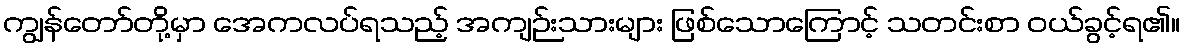
ကျွန်တော်တို့မှာ အေကလပ်ရသည့် အကျဉ်းသားများ ဖြစ်သောကြောင့် သတင်းစာ ဝယ်ခွင့်ရ၏။